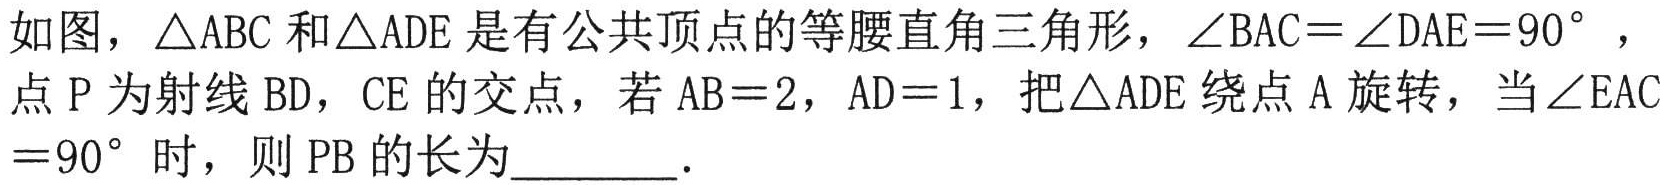
如图，$\triangle\text{ABC}$和$\triangle\text{ADE}$是有公共顶点的等腰直角三角形，$\angle\text{BAC}=\angle\text{DAE}=90^{\circ}$，点$\text{P}$为射线$\text{BD}$，$\text{CE}$的交点，若$\text{AB}=2$，$\text{AD}=1$，把$\triangle\text{ADE}$绕点$\text{A}$旋转，当$\angle\text{EAC}=90^{\circ}$时，则$\text{PB}$的长为  ．